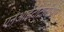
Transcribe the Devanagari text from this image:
एनआईटीटीटीआर